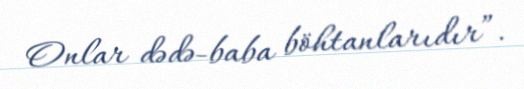
Onlar dədə-baba böhtanlarıdır”.